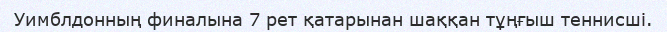
Уимблдонның финалына 7 рет қатарынан шаққан тұңғыш теннисші.